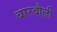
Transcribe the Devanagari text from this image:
बारदौली